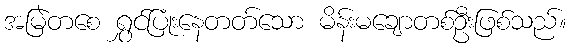
အမြဲတစေ ရွှင်ပြုံးနေတတ်သော မိန်းမချောတစ်ဦးဖြစ်သည်။